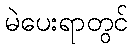
မဲပေးရာတွင်